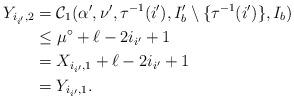
LaTeX: \begin{align*}Y_{i_{i'}, 2} & = \mathcal{C}_1(\alpha', \nu', \tau^{-1}(i'), I'_b \setminus \lbrace \tau^{-1}(i') \rbrace, I_b) \\ & \leq \mu^{\circ} + \ell - 2{i_{i'}} + 1 \\ & = X_{i_{i'}, 1} + \ell -2i_{i'} + 1 \\ & = Y_{i_{i'}, 1}.\end{align*}